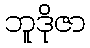
ဘူဒိုဇာ